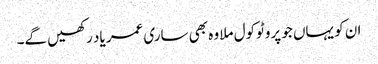
ان کو یہاں جو پروٹوکول ملا وہ بھی ساری عمر یاد رکھیں گے۔